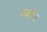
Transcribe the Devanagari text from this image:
रुजवेल्ट